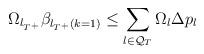
LaTeX: \begin{align*}\Omega_{l_{T^+}} \beta_{l_{T^+}(k=1)} &\leq \sum_{l \in \mathcal{Q}_T} \Omega_{l} \Delta p_{l}\end{align*}